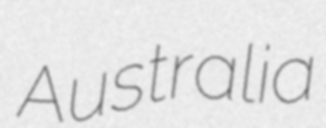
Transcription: Australia